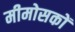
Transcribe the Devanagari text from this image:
मीमोसकों